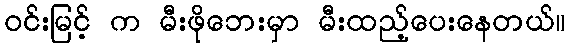
ဝင်းမြင့် က မီးဖိုဘေးမှာ မီးထည့်ပေးနေတယ်။